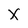
Character: x